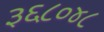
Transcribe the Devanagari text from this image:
३६८०४८